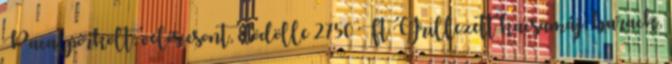
Pacalpörkölt, velős csont, dödölle 2750 Ft Grillezett kacsamáj, barack,